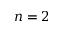
n = 2